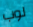
لوب